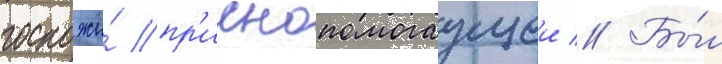
госпожи́ пр'иснопомогаущеи // Бы́л